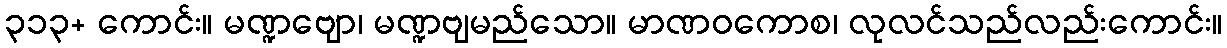
၃၁၃+ ကောင်း။ မဏ္ဍဗျော၊ မဏ္ဍဗျမည်သော။ မာဏဝကောစ၊ လုလင်သည်လည်းကောင်း။